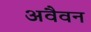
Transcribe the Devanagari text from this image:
अवैवन